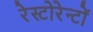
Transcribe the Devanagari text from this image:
रेस्टोरेन्टों